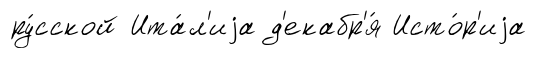
ру́сской Ита́л'иjа д'екабр'я́ Исто́р'иjа